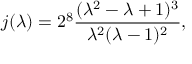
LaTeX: j ( \lambda ) = 2 ^ { 8 } \frac { ( \lambda ^ { 2 } - \lambda + 1 ) ^ { 3 } } { \lambda ^ { 2 } ( \lambda - 1 ) ^ { 2 } } ,